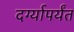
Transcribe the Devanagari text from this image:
दर्ग्यापर्यंत